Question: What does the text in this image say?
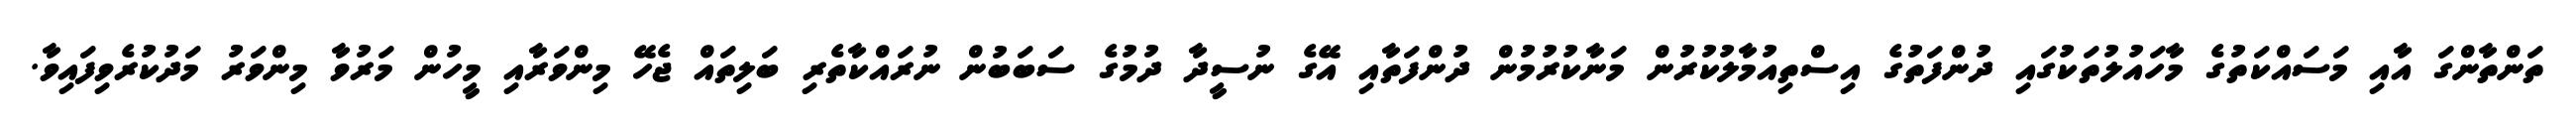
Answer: ތަންތާންގަ އާއި މަސައްކަތުގެ މާހައުލުތަކުގައި ދުންފަތުގެ އިސްތިއުމާލުކުރުން މަނާކުރުމުން ދުންފަތާއި އޭގެ ނުސީދާ ދުމުގެ ސަބަބުން ނުރައްކާތެރި ބަލިތައް ޖެހޭ މިންވަރާއި މީހުން މަރުވާ މިންވަރު މަދުކުރެވިފައިވާ.